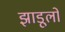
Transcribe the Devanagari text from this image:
झाडूलो